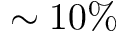
\sim 1 0 \%